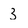
Character: 3